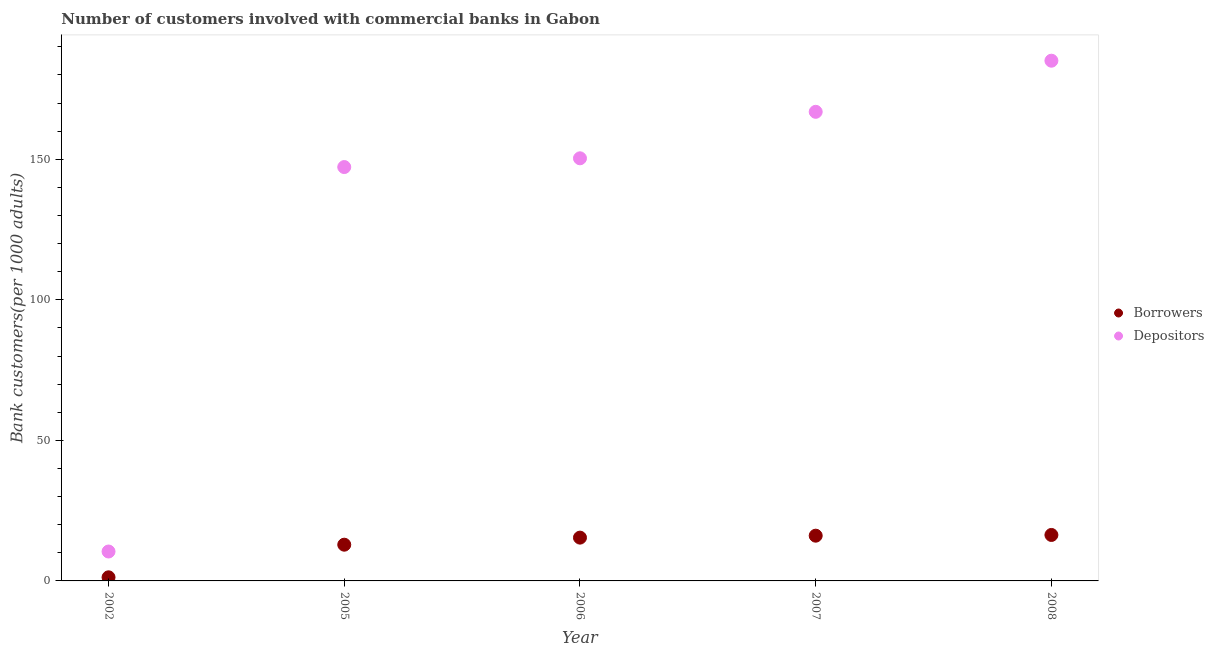
| Year | Borrowers | Depositors |
 | --- | --- | --- |
 | 2002 | 1.28 | 10.5 |
 | 2005 | 12.9 | 147 |
 | 2006 | 15.4 | 150 |
 | 2007 | 16.1 | 167 |
 | 2008 | 16.4 | 185 |